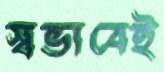
স্বভাবেই